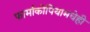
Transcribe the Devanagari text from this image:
फार्माकोपियामधेही